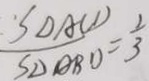
\frac { S _ { \Delta A C D } } { S _ { \Delta A B D } } = \frac { 1 } { 3 }